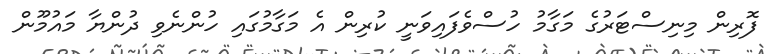
ފޮރިން މިނިސްޓަރުގެ މަގާމު ހުސްވެފައިވަނީ ކުރިން އެ މަގާމުގައި ހުންނެވި ދުންޔާ މައުމޫން